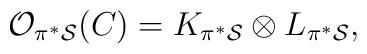
{\cal O}_{\pi^* {\cal S}}(C) =K_{\pi^* {\cal S}} \otimes L_{\pi^* {\cal{S}}},